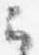
云